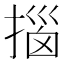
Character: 𫽨